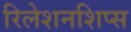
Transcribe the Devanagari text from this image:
रिलेशनशिप्स